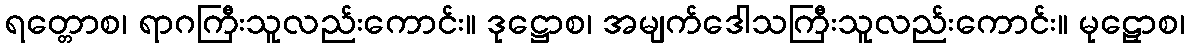
ရတ္တောစ၊ ရာဂကြီးသူလည်းကောင်း။ ဒုဋ္ဌောစ၊ အမျက်ဒေါသကြီးသူလည်းကောင်း။ မုဠှောစ၊